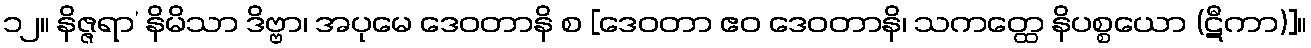
၁၂။ နိဇ္ဇရာ’ နိမိသာ ဒိဗ္ဗာ၊ အပုမေ ဒေဝတာနိ စ [ဒေဝတာ ဧဝ ဒေဝတာနိ၊ သကတ္ထေ နိပစ္စယော (ဋီကာ)]။